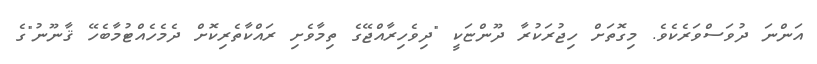
އަންނަ ދުވަސްވަރެކެވެ. މިގޮތަށް ހިޖުރަކުރާ ދޫންޏަކީ "ދިވެހިރާއްޖޭގެ ތިމާވެށި ރައްކާތެރިކޮށް ދެމެހެއްޓުމާބެހޭ ޤާނޫނު"ގެ